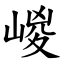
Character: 嵕